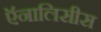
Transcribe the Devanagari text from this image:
ऍनालिसीस